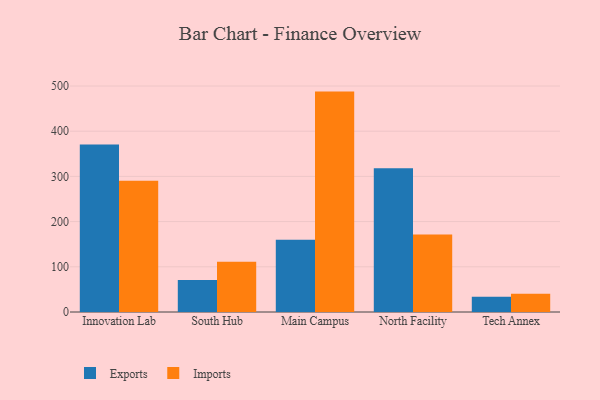
{"axis": {"x": "Campus", "y": "Page Views"}, "legend": ["Exports", "Imports"], "data": [{"x": "Innovation Lab", "y": 370.6, "type": "Exports"}, {"x": "Innovation Lab", "y": 290.4, "type": "Imports"}, {"x": "South Hub", "y": 70.6, "type": "Exports"}, {"x": "South Hub", "y": 110.9, "type": "Imports"}, {"x": "Main Campus", "y": 160.0, "type": "Exports"}, {"x": "Main Campus", "y": 487.6, "type": "Imports"}, {"x": "North Facility", "y": 318.3, "type": "Exports"}, {"x": "North Facility", "y": 171.7, "type": "Imports"}, {"x": "Tech Annex", "y": 34.0, "type": "Exports"}, {"x": "Tech Annex", "y": 40.4, "type": "Imports"}]}